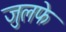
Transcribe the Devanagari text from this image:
जुलफे